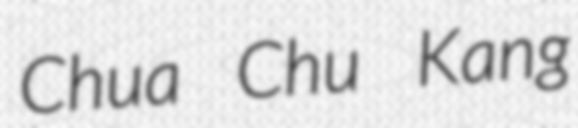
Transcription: Chua Chu Kang